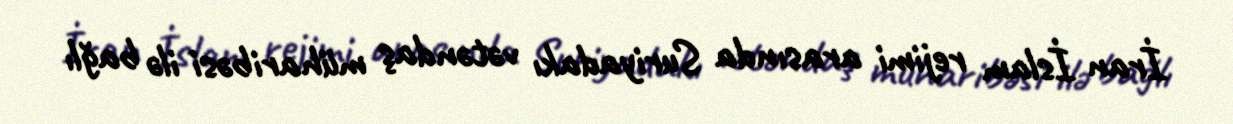
İran İslam rejimi arasında Suriyadakı vətəndaş müharibəsi ilə bağlı